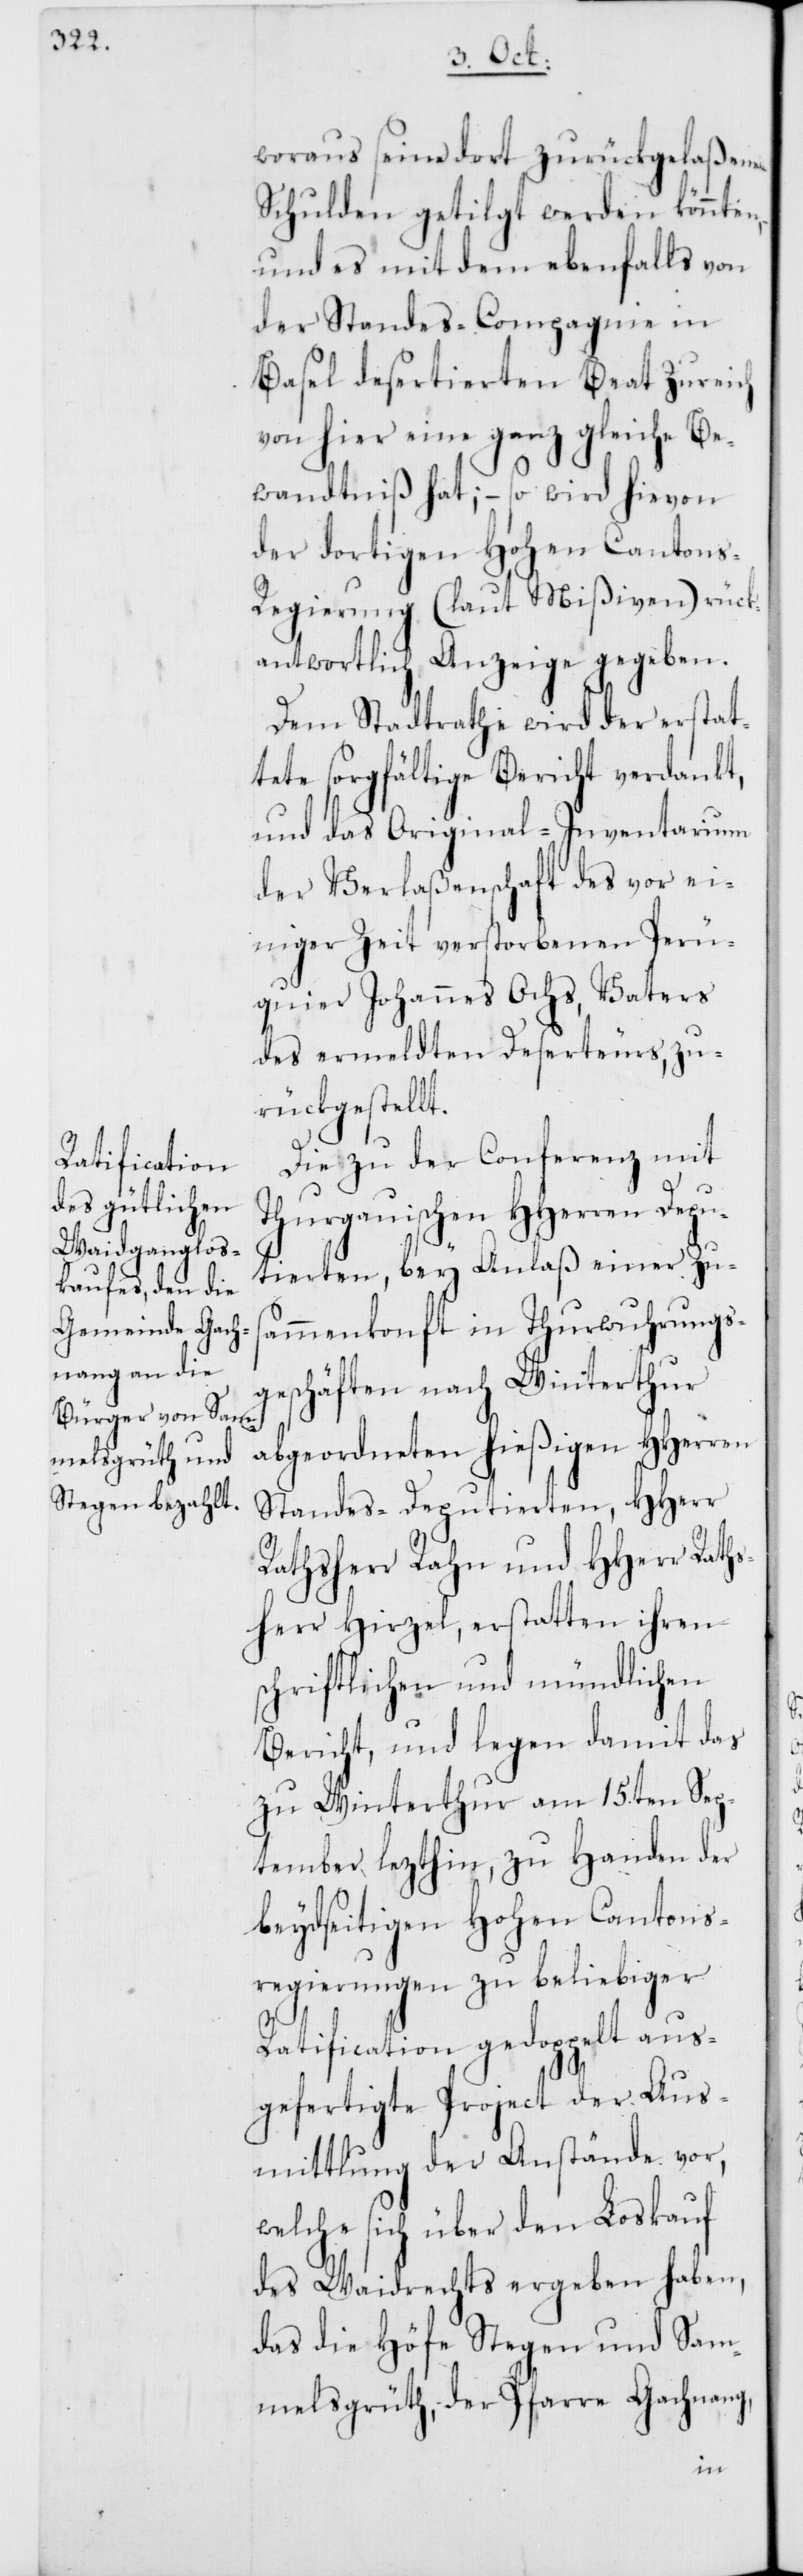
woraus seine dort zurückgelaßenen
Schulden getilgt werden könnten,
und es mit dem ebenfalls von
der Standes-Compagnie in
Basel desertierten Beat Zureich
von hier eine ganz gleiche Be¬
wandtniß hat; – so wird hievon
der dortigen Hohen Canton¬
s-Regierung (laut Mißiven) rück¬
antwortlich Anzeige gegeben.
Dem Stadtrathe wird der erstat¬
tete sorgfältige Bericht verdankt,
und das Original-Inventarium
der Verlaßenschaft des vor ei¬
niger Zeit verstorbenen Peru¬
quier Johannes Ochs, Vaters
des ermeldten Deserteurs, zu¬
rückgestellt.
Die zu der Conferenz mit
Thurgauischen HHerren Depu¬
tierten, bey Anlaß einer Zus¬
ammenkonft in Thurwuhrungs¬
geschäften nach Winterthur
abgeordneten hießigen HHerren
Standes-Deputierten, HHerr
Rathsherr Rahn und HHerr Rath¬
sherr Hirzel, erstatten ihren
schriftlichen und mündlichen
Bericht, und legen damit das
zu Winterthur am 15ten Sep¬
tember lezthin, zu Handen der
beydseitigen Hohen Cantons¬
regierungen zu beliebiger
Ratification gedoppelt aus¬
gefertigte Project der Aus¬
mittlung der Anstände vor,
welche sich über den Loskauf
des Waidrechts ergeben haben,
das die Höfe Stegen und Sam¬
melsgrüth, der Pfarre Gachnang,